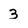
Character: 3